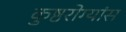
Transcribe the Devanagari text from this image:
कुष्ठरोग्यांस